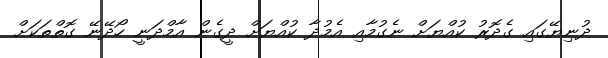
ދުނިޔޭގައި ގެދޮރު ކުއްޔަށް ނެގުމާއި އެމުދާ ކުއްޔަށް ދީގެން އާމްދަނީ ހޯދޭނޭ ގޮތްތަކަށް